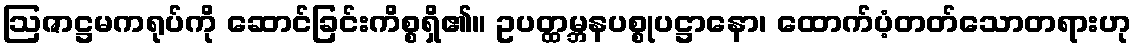
ဩဇာဋ္ဌမကရုပ်ကို ဆောင်ခြင်းကိစ္စရှိ၏။ ဥပတ္ထမ္ဘနပစ္စုပဋ္ဌာနော၊ ထောက်ပံ့တတ်သောတရားဟု